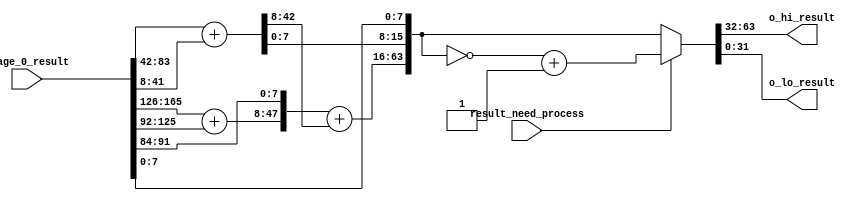
// last two add in MEM
module Mult_Stage_1 (
    input wire[4 * 42 - 1 : 0] stage_0_result,
    input wire result_need_process,

    output wire[31:0] o_hi_result,
    output wire[31:0] o_lo_result
);
    wire[63:0] result;

    wire [41:0] wire_lv3[3:0];
    wire [50:0] wire_lv4[1:0];
    wire [63:0] wire_lv5;

    generate
        genvar i;
        for (i = 0; i < 4; i = i + 1)
        begin : lv3
            assign wire_lv3[i] = stage_0_result[42 * i + 41 -: 42];
        end
    endgenerate

    assign wire_lv4[0] = {{{1'b0, wire_lv3[1]} + {9'h0, wire_lv3[0][41:8]}}, wire_lv3[0][7:0]};
    assign wire_lv4[1] = {{{1'b0, wire_lv3[3]} + {9'h0, wire_lv3[2][41:8]}}, wire_lv3[2][7:0]};

    assign wire_lv5 = {{wire_lv4[1][47:0] + {13'h0, wire_lv4[0][50:16]}}, wire_lv4[0][15:0]};


    assign result = result_need_process ? (~wire_lv5 + 32'h1) : wire_lv5;

    assign o_hi_result = result[63:32];
    assign o_lo_result = result[31:0];
endmodule